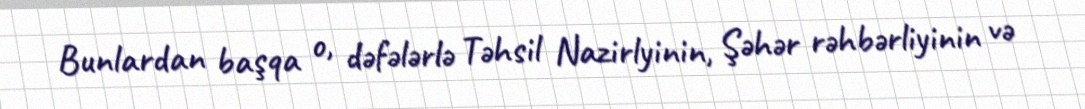
Bunlardan başqa o, dəfələrlə Təhsil Nazirlyinin, Şəhər rəhbərliyinin və